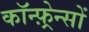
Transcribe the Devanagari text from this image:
कॉन्फ़्रेन्सों